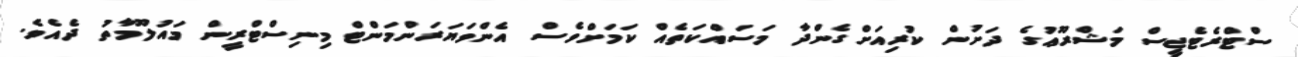
ސްޓްރެޓެޖީސް މަޝްރޫޢުގެ ދަށުން ކުރިއަށްގެންދާ މަސައްކަތެއް ކަމަށްވެސް އެންވަޔަރަންމަންޓް މިނިސްޓްރީން މައުލޫމާތު ދެއެވެ.